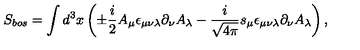
S _ { b o s } = \int d ^ { 3 } x \left( \pm \frac { i } { 2 } A _ { \mu } \epsilon _ { \mu \nu \lambda } \partial _ { \nu } A _ { \lambda } - \frac { i } { \sqrt { 4 \pi } } s _ { \mu } \epsilon _ { \mu \nu \lambda } \partial _ { \nu } A _ { \lambda } \right) ,